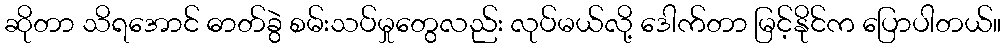
ဆိုတာ သိရအောင် ဓာတ်ခွဲ စမ်းသပ်မှုတွေလည်း လုပ်မယ်လို့ ဒေါက်တာ မြင့်နိုင်က ပြောပါတယ်။